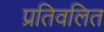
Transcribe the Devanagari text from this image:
प्रतिवलित